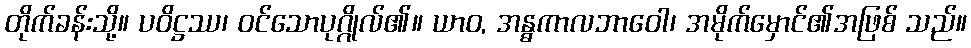
တိုက်ခန်းသို့။ ပဝိဋ္ဌဿ၊ ဝင်သောပုဂ္ဂိုလ်၏။ ယာဝ, အန္ဓကာလဘာဝေါ၊ အမိုက်မှောင်၏အဖြစ် သည်။